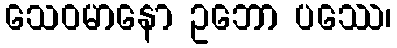
သေဝမာနော ဥဘော ပဿေ၊